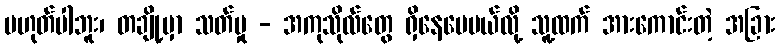
မဟုတ်ပါဘူး၊ တချို့မှာ သတ်မှု - အကုသိုလ်တွေ ရှိနေပေမယ်လို့ သူ့ထက် အားကောင်းတဲ့ အခြား